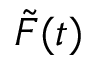
\tilde { F } ( t )